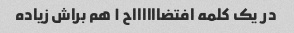
در یک کلمه افتضااااااح ۱ هم براش زیاده